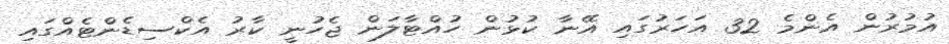
އުމުރުން އެންމެ 32 އަހަރުގައި އޭނާ ކުޅުން ހުއްޓާލަން ޖެހުނީ ކާރު އެކްސިޑެންޓެއްގައި